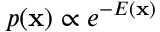
p ( \mathbf { x } ) \propto e ^ { - E ( \mathbf { x } ) }